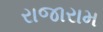
રાજારામ